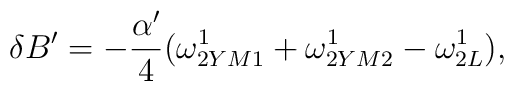
\delta B'=-{{\alpha'}\over{4}}(\omega^1_{2YM1}+\omega^1_{2YM2}-\omega^1_{2L}),